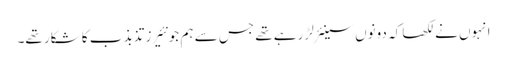
انہوں نے لکھا کہ دونوں سینئر لڑ رہے تھے جس سے ہم جونئیرز تذبذب کا شکار تھے۔